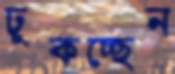
ঢুকচ্ছেন